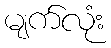
မျက်လုံး